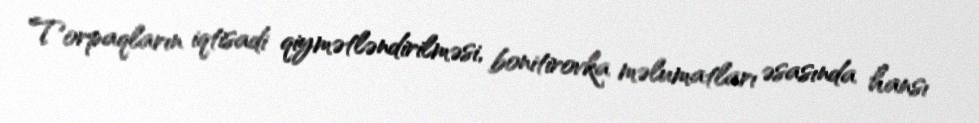
Torpaqların iqtisadi qiymətləndirilməsi, bonitirovka məlumatları əsasında hansı